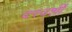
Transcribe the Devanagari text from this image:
दरवर्शी